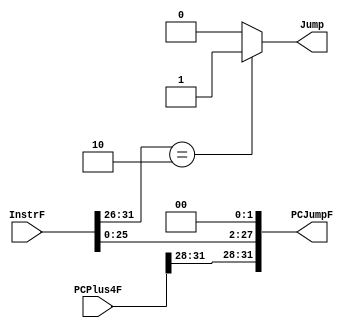
module NPCJump(
  input   [31:0]  PCPlus4F,
  input   [31:0]  InstrF,
  output  [31:0]  PCJumpF,
  output          Jump
  );
  
  assign PCJumpF = {PCPlus4F[31:28], InstrF[25:0], 2'b00};
  assign Jump = (InstrF[31:26] == 6'b000010) ? 1 : 0;
  
endmodule